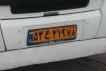
۵۳ع۲۱۹۷۸